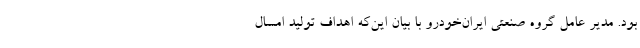
بود. مدیر عامل گروه صنعتی ایران‌خودرو با بیان این‌که اهداف تولید امسال